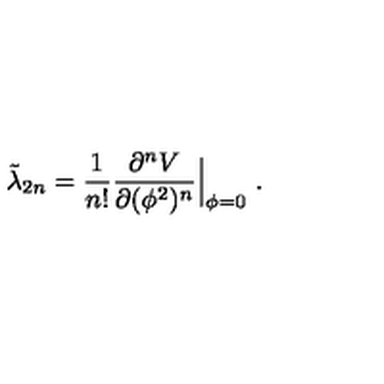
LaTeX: \tilde { \lambda } _ { 2 n } = { \frac { 1 } { n ! } } { \frac { \partial ^ { n } V } { \partial ( \phi ^ { 2 } ) ^ { n } } } \Big | _ { \phi = 0 } \ .